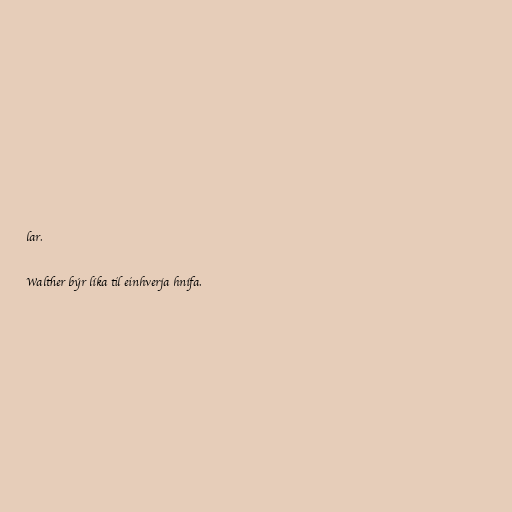
lar.

Walther býr líka til einhverja hnífa.